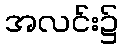
အလင်း၌